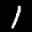
Label: 1